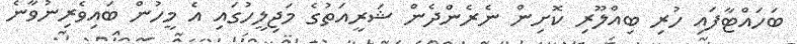
ބަހައްޓާފައި ހުރި ބިއްލޫރި ކޮށިން ނެރެންދެން ޝަރީއަތުގެ މަޖިލީހުގައި އެ މީހުން ބައިވެރިނުވާނެ